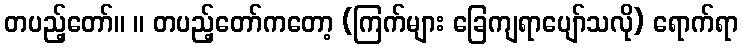
တပည့်တော်။ ။ တပည့်တော်ကတော့ (ကြက်များ ခြေကျရာပျော်သလို) ရောက်ရာ